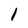
Character: 1